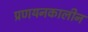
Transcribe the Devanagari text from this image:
प्रणयनकालीन